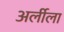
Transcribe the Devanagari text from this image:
अर्लीला